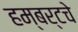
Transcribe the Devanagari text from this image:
हम्बर्टचे